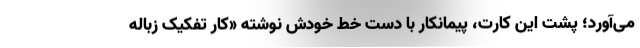
می‌آورد؛ پشت این کارت، پیمانکار با دست خط خودش نوشته «کار تفکیک زباله